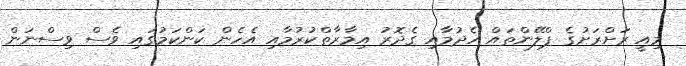
މިއީ ރަށްރަށުގެ ޕްލޭންތައް ހެދުމާއި ގެދޮރު އިމާރާތްކުރުމާއި އެހެން ކަންކަމުގައި ވެސް ވިސްނަން